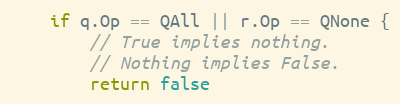
Language: Go
	if q.Op == QAll || r.Op == QNone {
		// True implies nothing.
		// Nothing implies False.
		return false